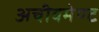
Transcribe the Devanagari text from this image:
अचीवमेण्ट